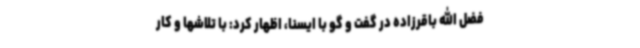
فضل الله باقرزاده در گفت و گو با ایسنا، اظهار کرد: با تلاشها و کار